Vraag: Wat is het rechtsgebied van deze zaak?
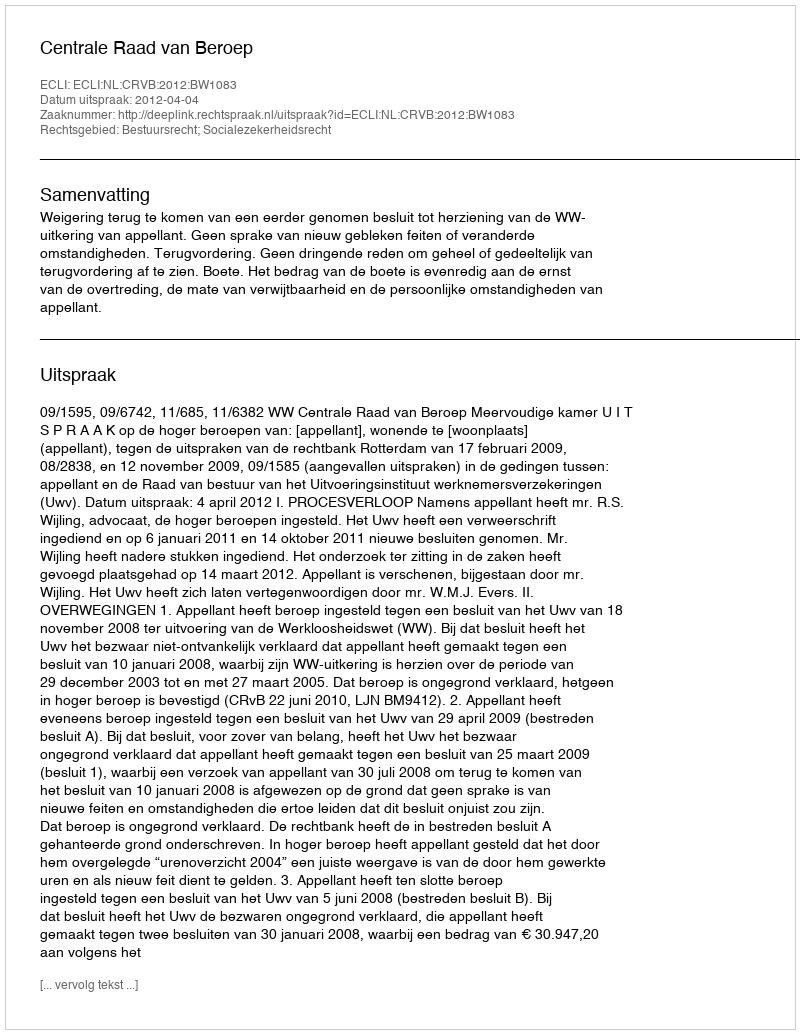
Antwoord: Bestuursrecht; Socialezekerheidsrecht